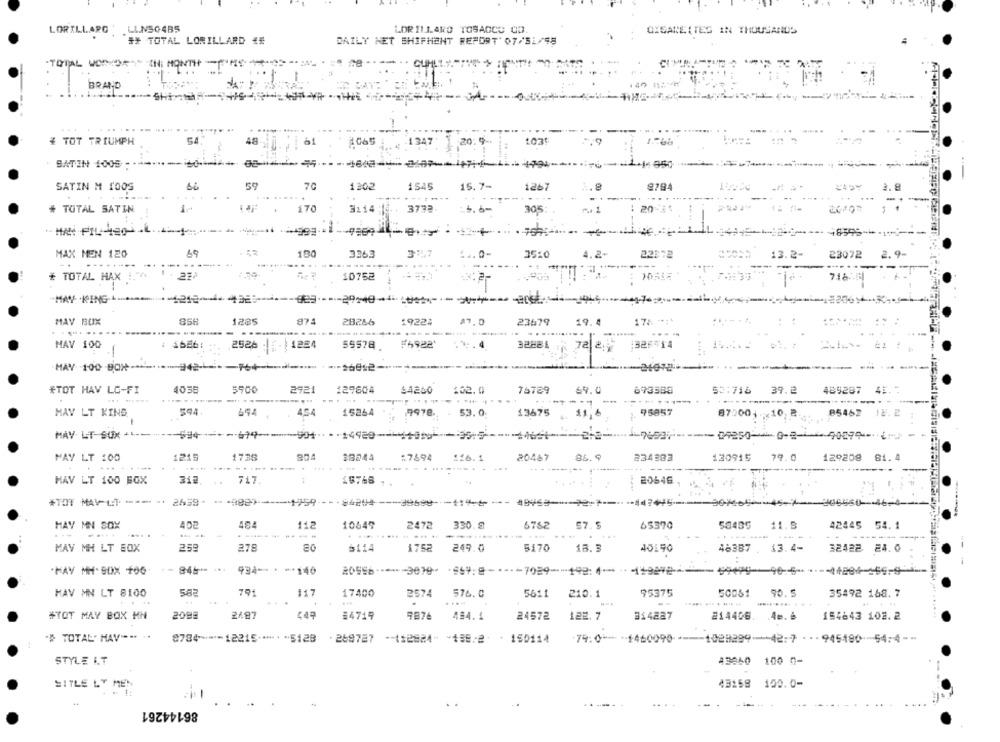
LORILLARG LLNS04B5
LOR ILLARD TOSACCO OD.
OXSAREITES IN THOUSANDS
## TOTAL LORILLARD **
DAILY NET SHIPMENT REPORT' 07/31/58
-TOTAL WORDOR" IN: MONTH -
---
BRAND
* TOT TRIUMPH
48
20.9-
54
1347
SATIN 1005
-
1.4.050
66
59
70
1302
1545
15. 7-
SATIN M TOOS
1267
9784
--
305:
P .. 1
# TOTAL SATIN
170
3214 -6.
3792
4. 6-
20
20:00
+ --- 48595
48595
--
MAX MEN 120
3263
1.0-
35:0
4.2-
4.2
22372
13.
23072
2.9-
-------
---
* TOTAL HAX
10752
"MAY .KING-
1285
MAY BOX
858
874
28266
1922%
23679
19.4
..
MAY 100
2526
59578
328B1 72 2;
:325514
HAY 100 BOX ---
942-1
#TOT HAV LG-FI
4038
2921
129604
64200
102.0
76789
69.0
693588
53:716
29.2
489287 45.7
MAY LT KING
594
454
15264
9978.
53.0
13675 4. 11,6
95857
8750010 ₴
85462 18.2
MAY LT-SUR -----
09250-40-2-1 900996-2
MAY LT 100
1215
1735
$8244
:7694
116.1
20467
86.9
234333
130915
79.0
129208 81.4
.... ...... .
...
....
HAV LT 100 BOX
212
717
19768 1.
20646
#TOT MAV LT --- -* 2459 -988) ----- 1759
HAY MN SOX
484
11.2
10649
2472
330.9
6762
57. 5
65370
58485
11.5
42445 54. 1
-....
.... .
.. ... ..
MAV MH LT EOX
259
278
80
6114
1752
249.0
5170
18.3
40190
46387
13.4-
32422 24.0
.FAY MH. SOX 100
934 -*** 146
HAV MN LT 8100
582
791
117
17400
2574
576.0
5611
210.1
95375
50051
90.5
35492 168. 7
....
#TOT MAY BOX MN
2099
2487
#4719
484.4
154643 102.2
24572
122.7
314887
214408. . 40.6
"# TOTAL" HAV -. ..
8784 --- 12215 -***** 5128
- 269787 -1:2884- - 158 .- 2 - 150114
1028299-42:7 · ·· 945180 -54:4 --
STYLE I.T
43660 100 0-
SITLE LY MEN
43158 150.0-
-
..
86144261